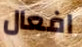
افعال